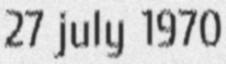
27 july 1970